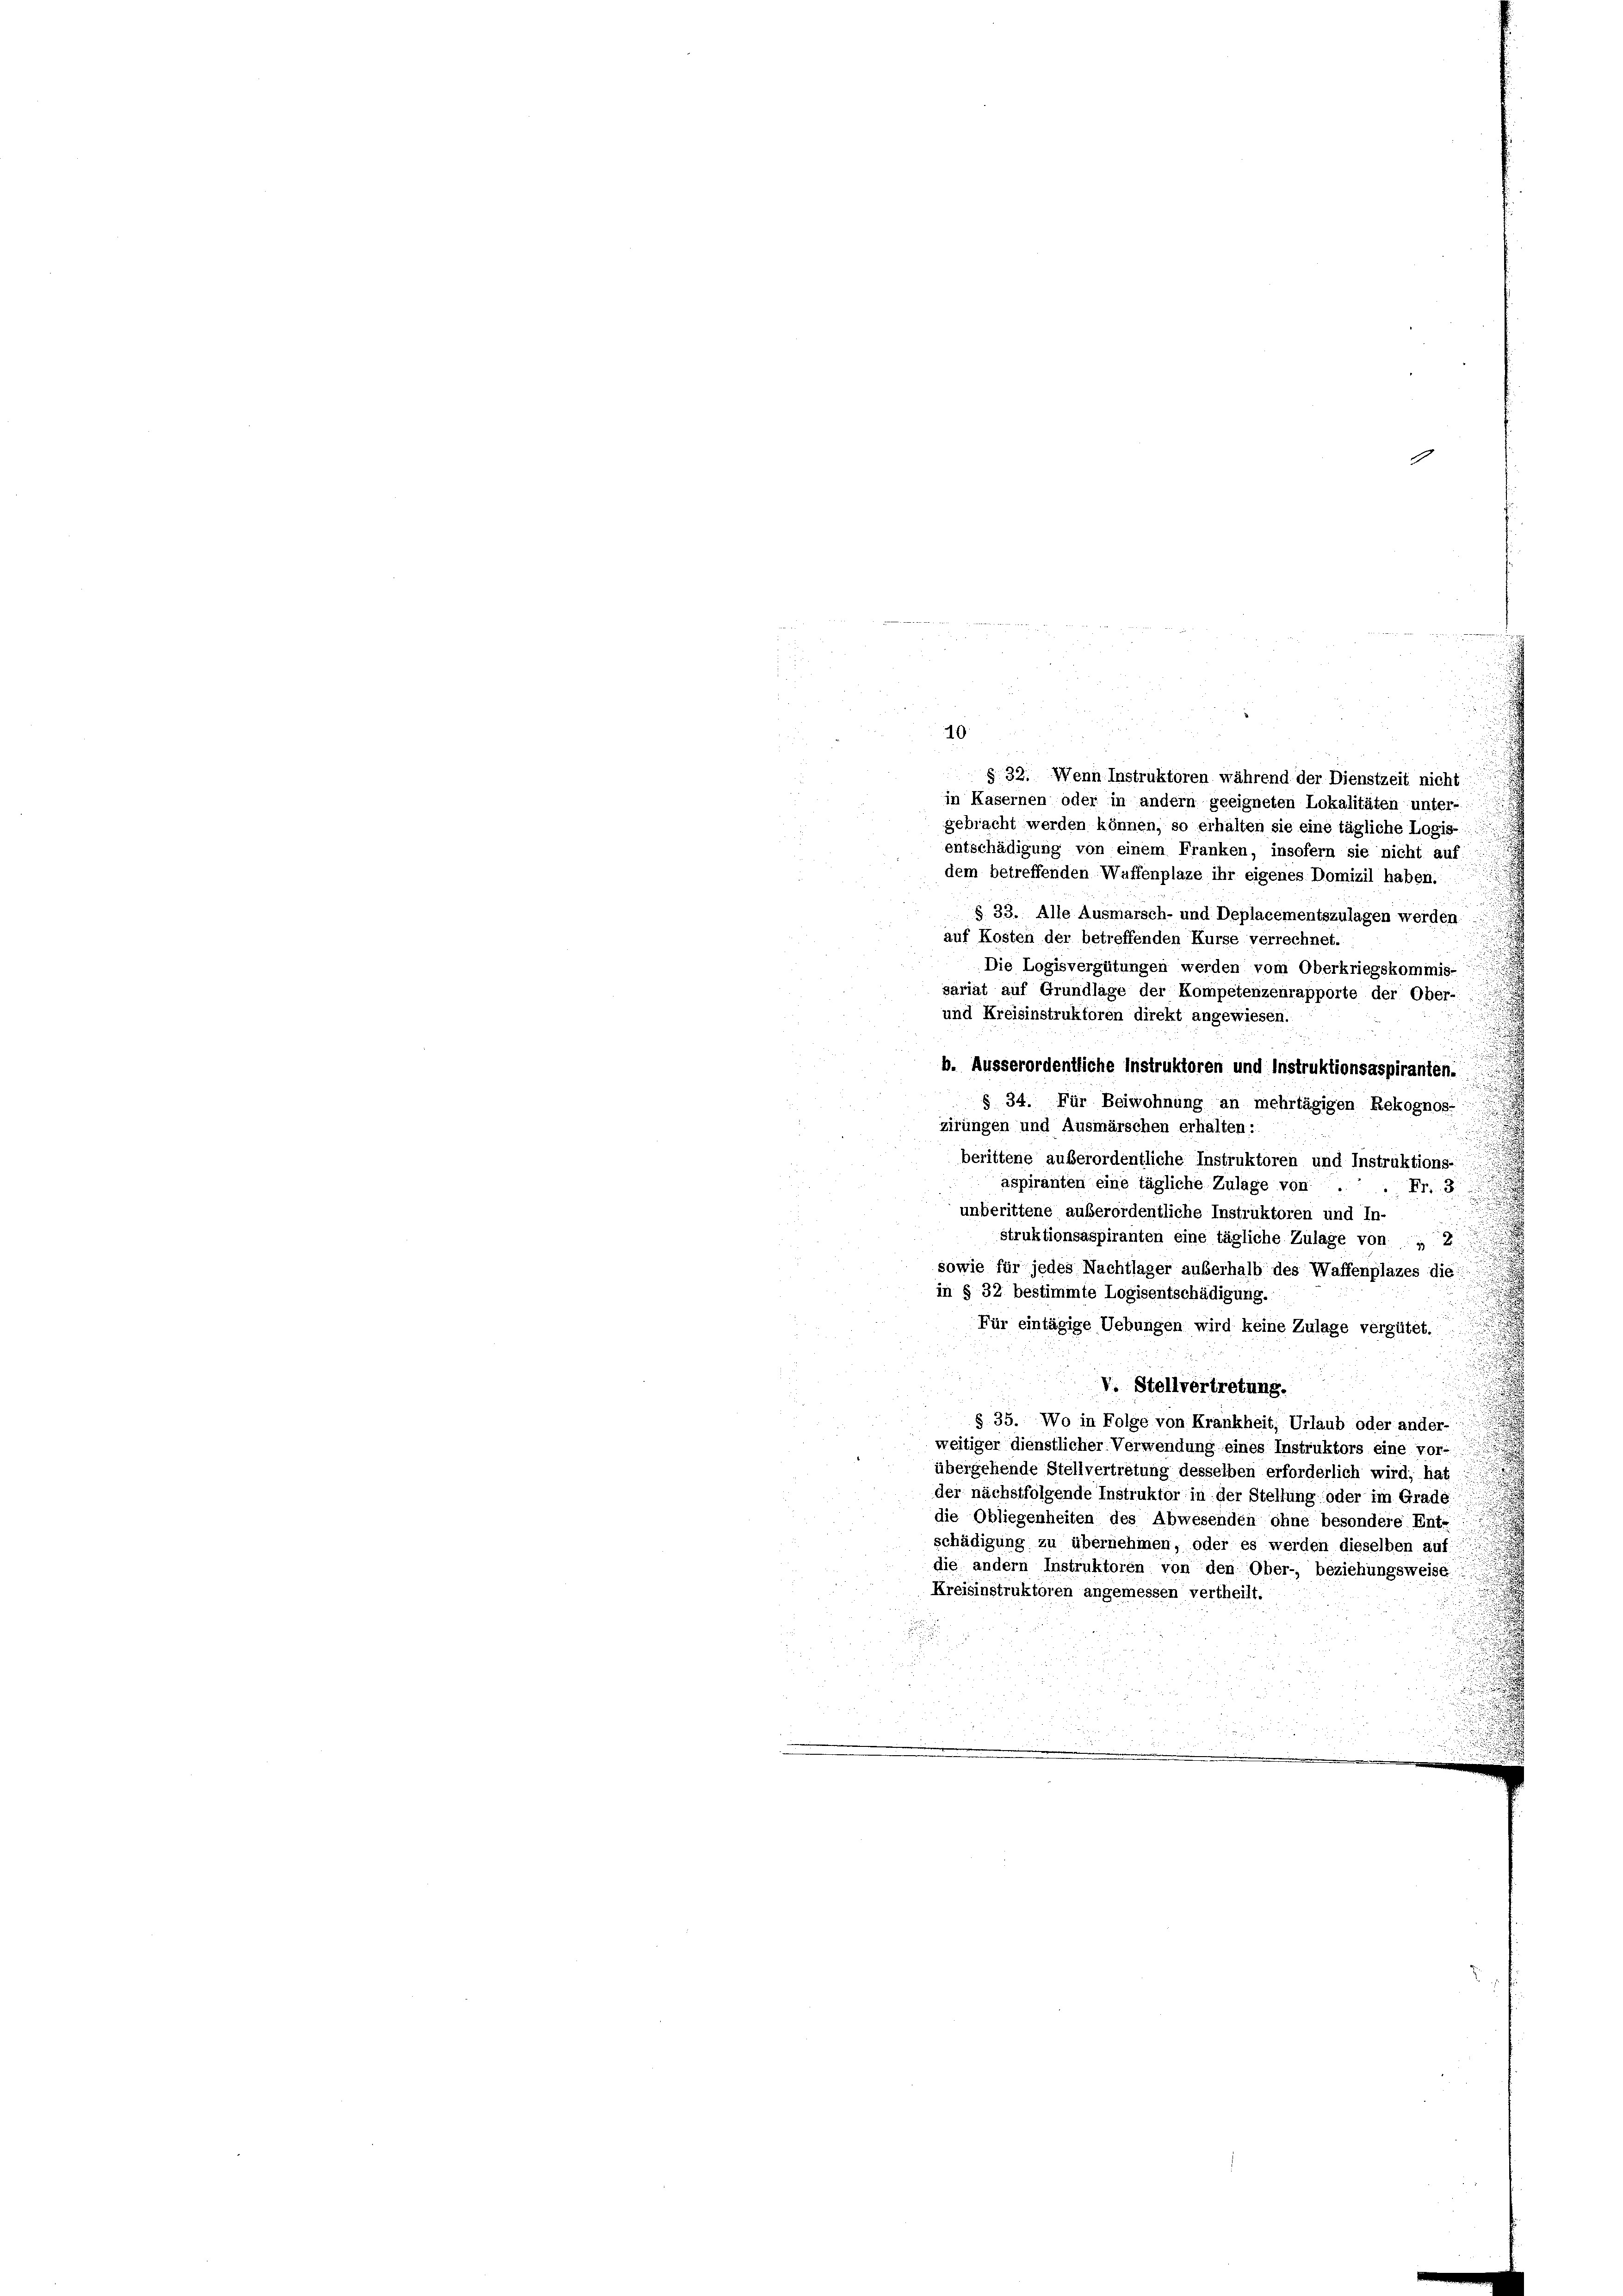
1

2
r
10
§ 32. Wenn Instruktoren während der Dienstzeit nicht
in Kasernen oder in andern geeigneten Lokalitäten unter-
gebracht werden können, so erhalten sie eine tägliche Logis-

entschädigung von einem Franken, insofern sie nicht auf
dem betreffenden Waffenplaze ihr eigenes Domizil haben.
§ 33. Alle Ausmarsch- und Deplacementszulagen werden.
auf Kosten der betreffenden Kurse verrechnet.
Die Logisvergütungen werden vom Oberkriegskommis-
sariat auf Grundlage der Kompetenzeurapporte der Ober-
und Kreisinstruktoren direkt angewiesen.
d
b. Ausserordentliche Instruktoren und Instruktionsaspiranten.
§ 34. Für Beiwohnung an mehrtägigen Rekognos-
zirungen und Ausmärschen erhalten:
berittene außerordentliche Instruktoren und Instruktions-
aspiranten eine tägliche Zulage von .
Fr. 3.
unberittene außerordentliche Instruktoren und In-
struktionsaspiranten eine tägliche Zulage von 12
sowie für jedes Nachtlager außerhalb des Waffenplazes die
in § 32 bestimmte Logisentschädigung.
Für eintägige Uebungen wird keine Zulage vergütet.
V. Stellvertretung.
§ 35. Wo in Folge von Krankheit, Urlaub oder ander-
weitiger dienstlicher Verwendung eines Instruktors eine vor-
übergehende Stellvertretung desselben erforderlich wird; hat
der nächstfolgende Instruktor in der Stellung oder im Grade
die Obliegenheiten des Abwesenden ohne besondere Ent-
schädigung zu übernehmen, oder es werden dieselben auf
die andern Instruktoren von den Ober-, beziehungsweise
Kreisinstruktoren angemessen vertheilt.